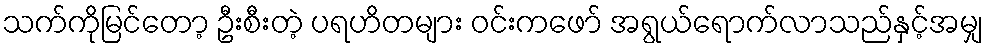
သက်ကိုမြင်တော့ ဦးစီးတဲ့ ပရဟိတများ ဝင်းကဖော် အရွယ်ရောက်လာသည်နှင့်အမျှ